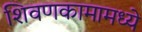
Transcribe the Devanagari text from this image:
शिवणकामामध्ये